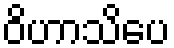
ဝိဟာသိပေ